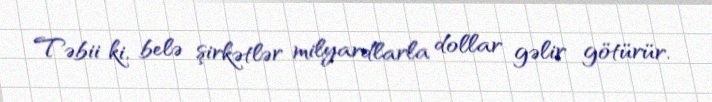
Təbii ki, belə şirkətlər milyardlarla dollar gəlir götürür.